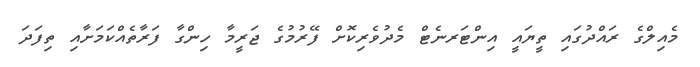
މެއިލްގެ ރައްދުގައި ތީޔައީ އިންޓަރނެޓް މެދުވެރިކޮށް ފޭރުމުގެ ޖަރީމާ ހިންގާ ފަރާތެއްކަމަށާއި ތިފަދަ